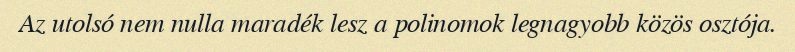
Az utolsó nem nulla maradék lesz a polinomok legnagyobb közös osztója.